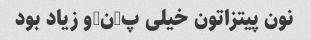
نون پیتزاتون خیلی پ-ن-و زیاد بود